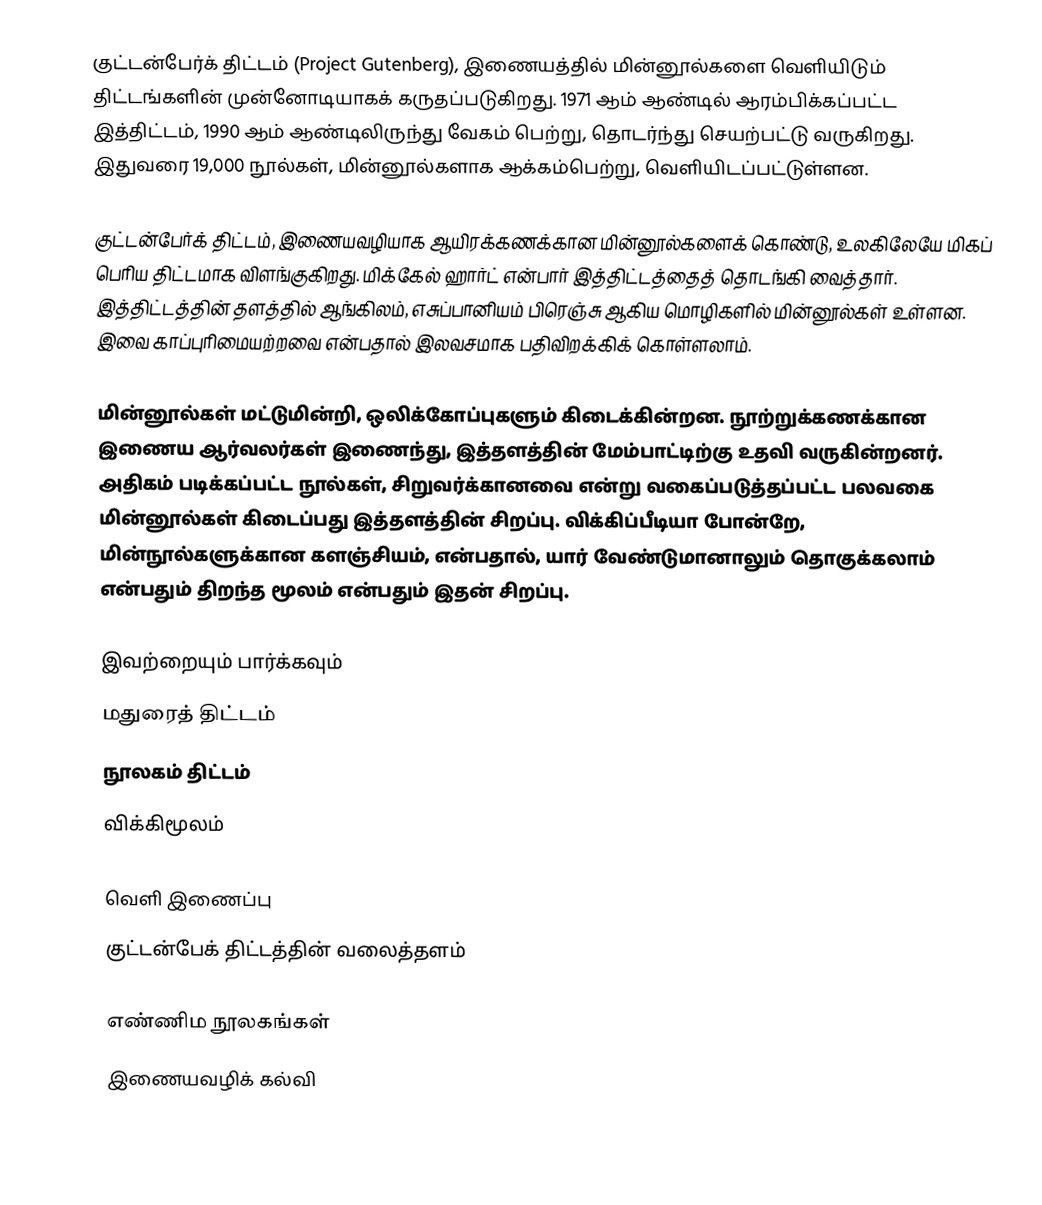
குட்டன்பேர்க் திட்டம் (Project Gutenberg), இணையத்தில் மின்னூல்களை வெளியிடும் திட்டங்களின் முன்னோடியாகக் கருதப்படுகிறது. 1971 ஆம் ஆண்டில் ஆரம்பிக்கப்பட்ட இத்திட்டம், 1990 ஆம் ஆண்டிலிருந்து வேகம் பெற்று, தொடர்ந்து செயற்பட்டு வருகிறது. இதுவரை 19,000 நூல்கள், மின்னூல்களாக ஆக்கம்பெற்று, வெளியிடப்பட்டுள்ளன.

குட்டன்பேர்க் திட்டம், இணையவழியாக ஆயிரக்கணக்கான மின்னூல்களைக் கொண்டு, உலகிலேயே மிகப் பெரிய திட்டமாக விளங்குகிறது. மிக்கேல் ஹார்ட் என்பார் இத்திட்டத்தைத் தொடங்கி வைத்தார். இத்திட்டத்தின் தளத்தில் ஆங்கிலம், எசுப்பானியம் பிரெஞ்சு ஆகிய மொழிகளில் மின்னூல்கள் உள்ளன. இவை காப்புரிமையற்றவை என்பதால் இலவசமாக பதிவிறக்கிக் கொள்ளலாம்.

மின்னூல்கள் மட்டுமின்றி, ஒலிக்கோப்புகளும் கிடைக்கின்றன. நூற்றுக்கணக்கான இணைய ஆர்வலர்கள் இணைந்து, இத்தளத்தின் மேம்பாட்டிற்கு உதவி வருகின்றனர். அதிகம் படிக்கப்பட்ட நூல்கள், சிறுவர்க்கானவை என்று வகைப்படுத்தப்பட்ட பலவகை மின்னூல்கள் கிடைப்பது இத்தளத்தின் சிறப்பு. விக்கிப்பீடியா போன்றே, மின்நூல்களுக்கான களஞ்சியம், என்பதால், யார் வேண்டுமானாலும் தொகுக்கலாம் என்பதும் திறந்த மூலம் என்பதும் இதன் சிறப்பு.

இவற்றையும் பார்க்கவும்
 மதுரைத் திட்டம்
 நூலகம் திட்டம்
 விக்கிமூலம்

வெளி இணைப்பு
 குட்டன்பேக் திட்டத்தின் வலைத்தளம்

எண்ணிம நூலகங்கள்
இணையவழிக் கல்வி